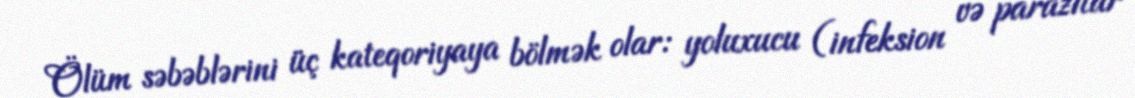
Ölüm səbəblərini üç kateqoriyaya bölmək olar: yoluxucu (infeksion və parazitar